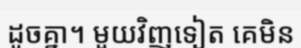
ដូចគ្នា។ មួយវិញទៀត គេមិន